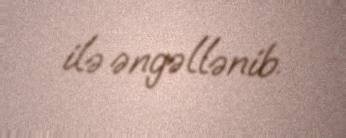
ilə əngəllənib.